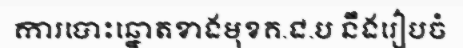
ការបោះឆ្នោតខាងមុខគ.ជ.ប នឹងរៀបចំ